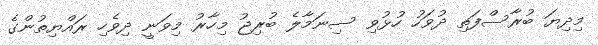
މިދިޔަ ބުރާސްފަތި ދުވަހު ހުޅުވި ސިނަމާލެ ބުރިޖު މިހާރު މިވަނީ ދިވެހި ރައްޔިތުންގެ